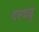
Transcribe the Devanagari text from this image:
दरवळूं